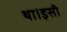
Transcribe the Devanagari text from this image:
था।इसी